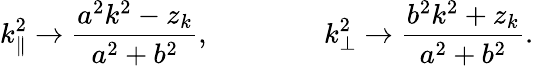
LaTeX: k_{\| }^{2}\to\frac{a^{2}k^{2}-z_{k}}{a^{2}+b^{2}},\qquad\qquad k_{\bot}^{2}\to\frac{b^{2}k^{2}+z_{k}}{a^{2}+b^{2}}.